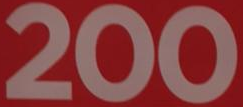
200